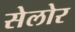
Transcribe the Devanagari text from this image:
सेलोर